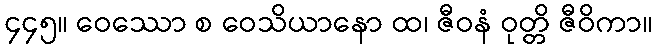
၄၄၅။ ဝေဿော စ ဝေသိယာနော ထ၊ ဇီဝနံ ဝုတ္တိ ဇီဝိကာ။